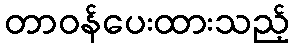
တာဝန်ပေးထားသည့်